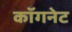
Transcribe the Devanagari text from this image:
कॉगनेट